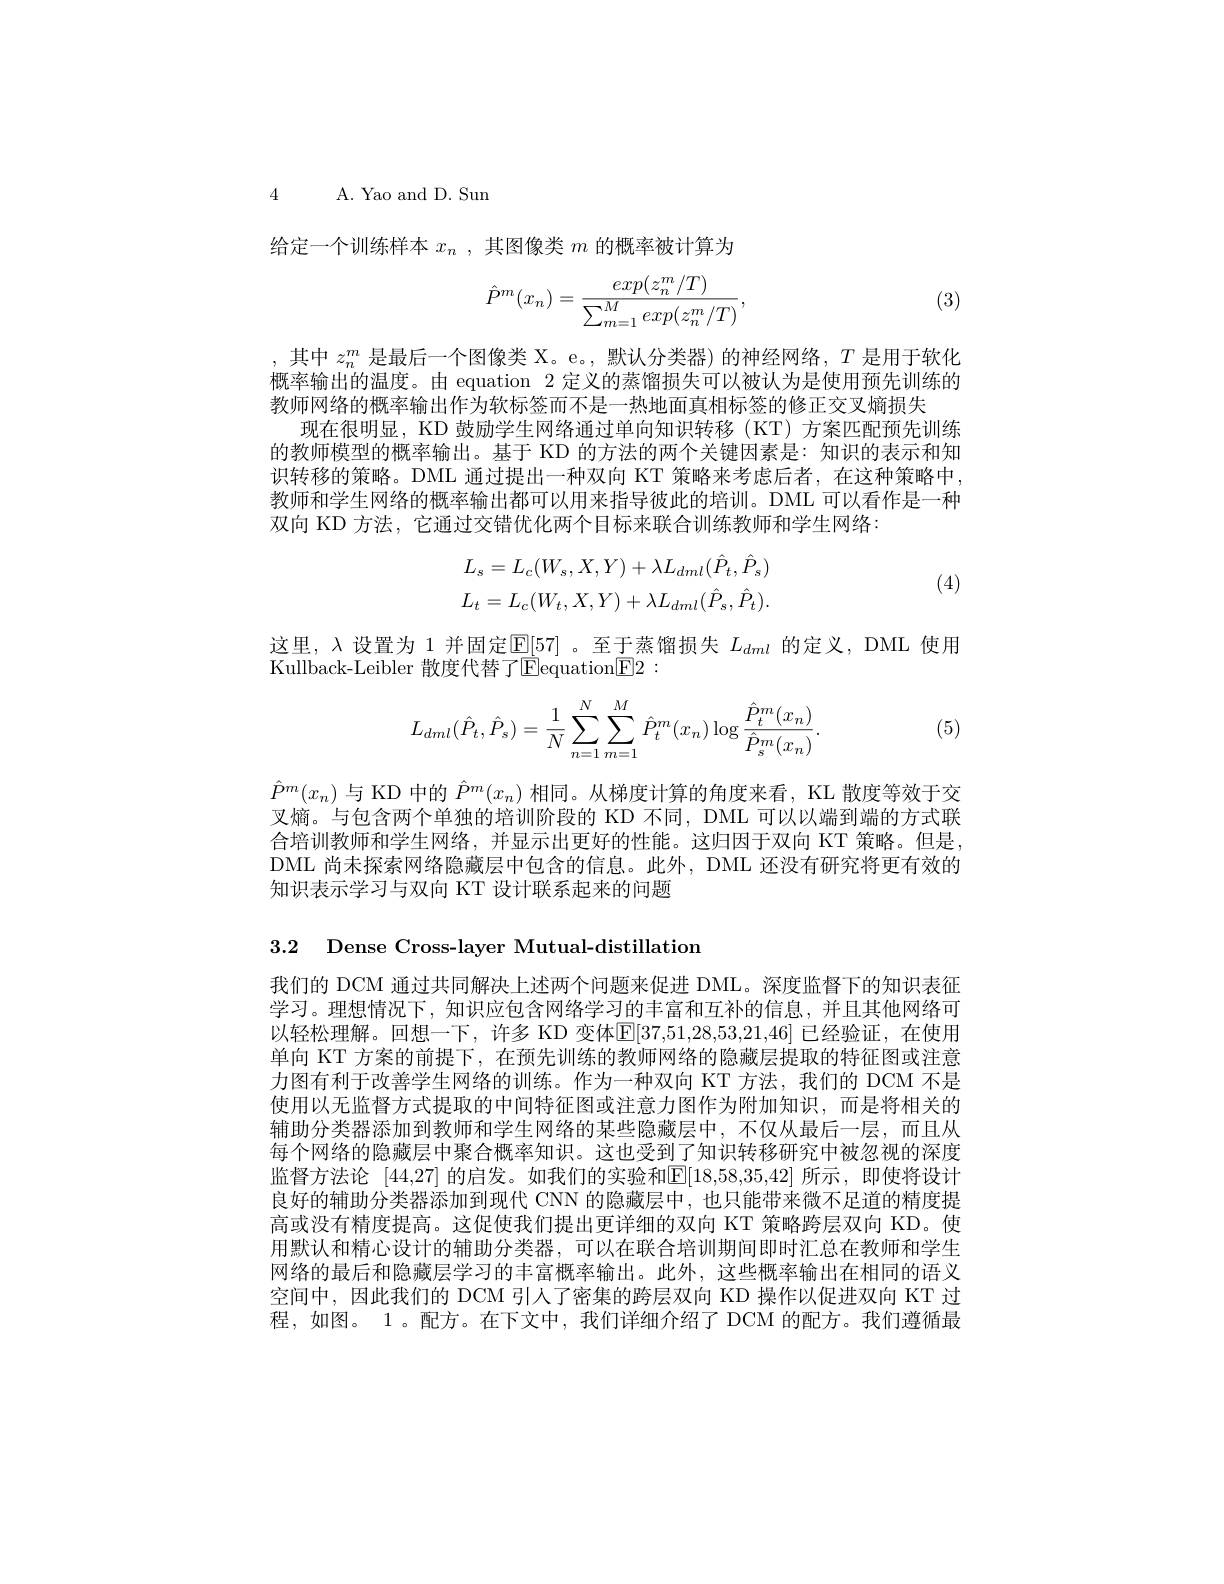
4 A. Yao and D. Sun

给定一个训练样本$x_n$ ,其图像类$m$的概率被计算为
$$\hat{P}^m(x_n)=\frac{exp(z_n^m/T)}{\sum_{m=1}^Mexp(z_n^m/T)},$$
(3)

,其中$z_n^m$是最后一个图像类 X。e。,默认分类器)的神经网络，$T$是用于软化概率输出的温度。由 equation 2 定义的蒸馏损失可以被认为是使用预先训练的教师网络的概率输出作为软标签而不是一热地面真相标签的修正交叉熵损失
现在很明显，KD 鼓励学生网络通过单向知识转移 (KT) 方案匹配预先训练的教师模型的概率输出。基于 KD 的方法的两个关键因素是：知识的表示和知识转移的策略。DML 通过提出一种双向 KT 策略来考虑后者，在这种策略中， 教师和学生网络的概率输出都可以用来指导彼此的培训。DML 可以看作是一种双向 KD 方法，它通过交错优化两个目标来联合训练教师和学生网络：
$$L_{s}=L_{c}(W_{s},X,Y)+\lambda L_{dml}(\hat{P}_{t},\hat{P}_{s})\\L_{t}=L_{c}(W_{t},X,Y)+\lambda L_{dml}(\hat{P}_{s},\hat{P}_{t}).$$
(4)

这里，$\lambda$设置为 1 并固定$\mathbb{E}[57]$ 。至于蒸馏损失$L_dml$的定义，DML 使用
Kullback-Leibler 散度代替了$\boxed{\mathrm{E}}$equation$\boxed{\mathrm{F}}2:$
$$\begin{aligned}L_{dml}(\hat{P}_t,\hat{P}_s)=\frac{1}{N}\sum_{n=1}^{N}\sum_{m=1}^{M}\hat{P}_t^m(x_n)\log\frac{\hat{P}_t^m(x_n)}{\hat{P}_s^m(x_n)}.\end{aligned}$$
(5)

$\hat{P}^{m}(x_{n})$与 KD 中的$\hat{P}^{m}(x_{n})$相同。从梯度计算的角度来看，KL 散度等效于交叉熵。与包含两个单独的培训阶段的 KD 不同，DML 可以以端到端的方式联合培训教师和学生网络，并显示出更好的性能。这归因于双向 KT 策略。但是， DML 尚未探索网络隐藏层中包含的信息。此外，DML 还没有研究将更有效的知识表示学习与双向 KT 设计联系起来的问题

3.2 Dense Cross-layer Mutual-distillation

我们的 DCM 通过共同解决上述两个问题来促进 DML。深度监督下的知识表征学习。理想情况下，知识应包含网络学习的丰富和互补的信息，并且其他网络可以轻松理解。回想一下，许多 KD 变体$\mathbb{E}[37,51,28,53,21,46]$ 已经验证，在使用单向 KT 方案的前提下，在预先训练的教师网络的隐藏层提取的特征图或注意力图有利于改善学生网络的训练。作为一种双向 KT 方法，我们的 DCM 不是使用以无监督方式提取的中间特征图或注意力图作为附加知识，而是将相关的辅助分类器添加到教师和学生网络的某些隐藏层中，不仅从最后一层，而且从每个网络的隐藏层中聚合概率知识。这也受到了知识转移研究中被忽视的深度监督方法论[44,27]的启发。如我们的实验和E[18,58,35,42]所示，即使将设计良好的辅助分类器添加到现代 CNN 的隐藏层中，也只能带来微不足道的精度提高或没有精度提高。这促使我们提出更详细的双向 KT 策略跨层双向 KD。使用默认和精心设计的辅助分类器，可以在联合培训期间即时汇总在教师和学生网络的最后和隐藏层学习的丰富概率输出。此外，这些概率输出在相同的语义空间中，因此我们的 DCM 引人了密集的跨层双向 KD 操作以促进双向 KT 过程，如图。1。配方。在下文中，我们详细介绍了 DCM 的配方。我们遵循最